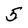
Character: 5